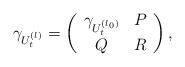
LaTeX: \begin{align*}\gamma_{U_{t}^{(l)}}=\left(\begin{array}{cc}\gamma_{U_{t}^{(l_{0})}} & P\\Q & R\end{array}\right),\end{align*}